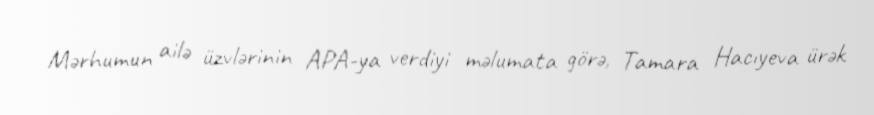
Mərhumun ailə üzvlərinin APA-ya verdiyi məlumata görə, Tamara Hacıyeva ürək